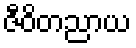
ဇီဝိတညာယ